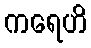
ကရေဟိ